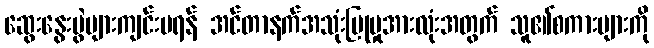
ဆွေးနွေးပွဲများကျင်းပရန် အင်တာနက်အသုံးပြုမှုအားလုံးအတွက် သူ၏စကားများကို